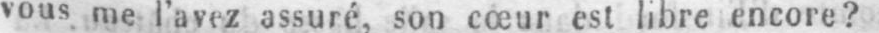
vous me l’avez assuré, son cœur est libre encore?